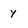
Character: y